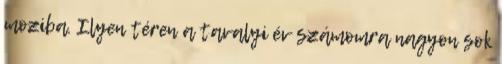
moziba. Ilyen téren a tavalyi év számomra nagyon sok